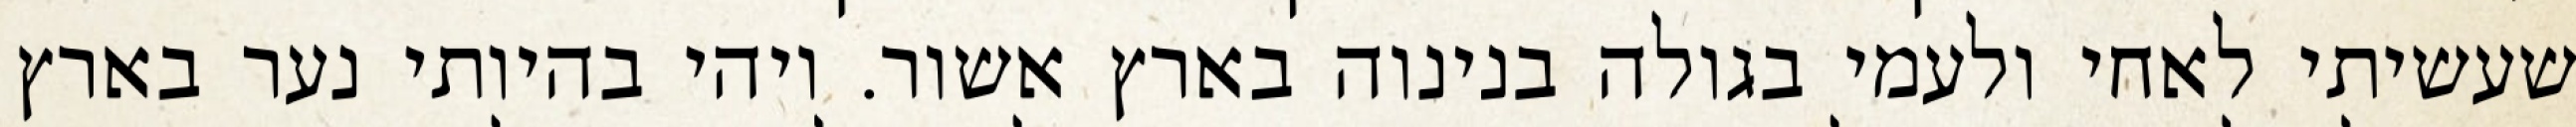
שעשיתי לאחי ולעמי בגולה בנינוה בארץ אשור. ויהי בהיותי נער בארץ